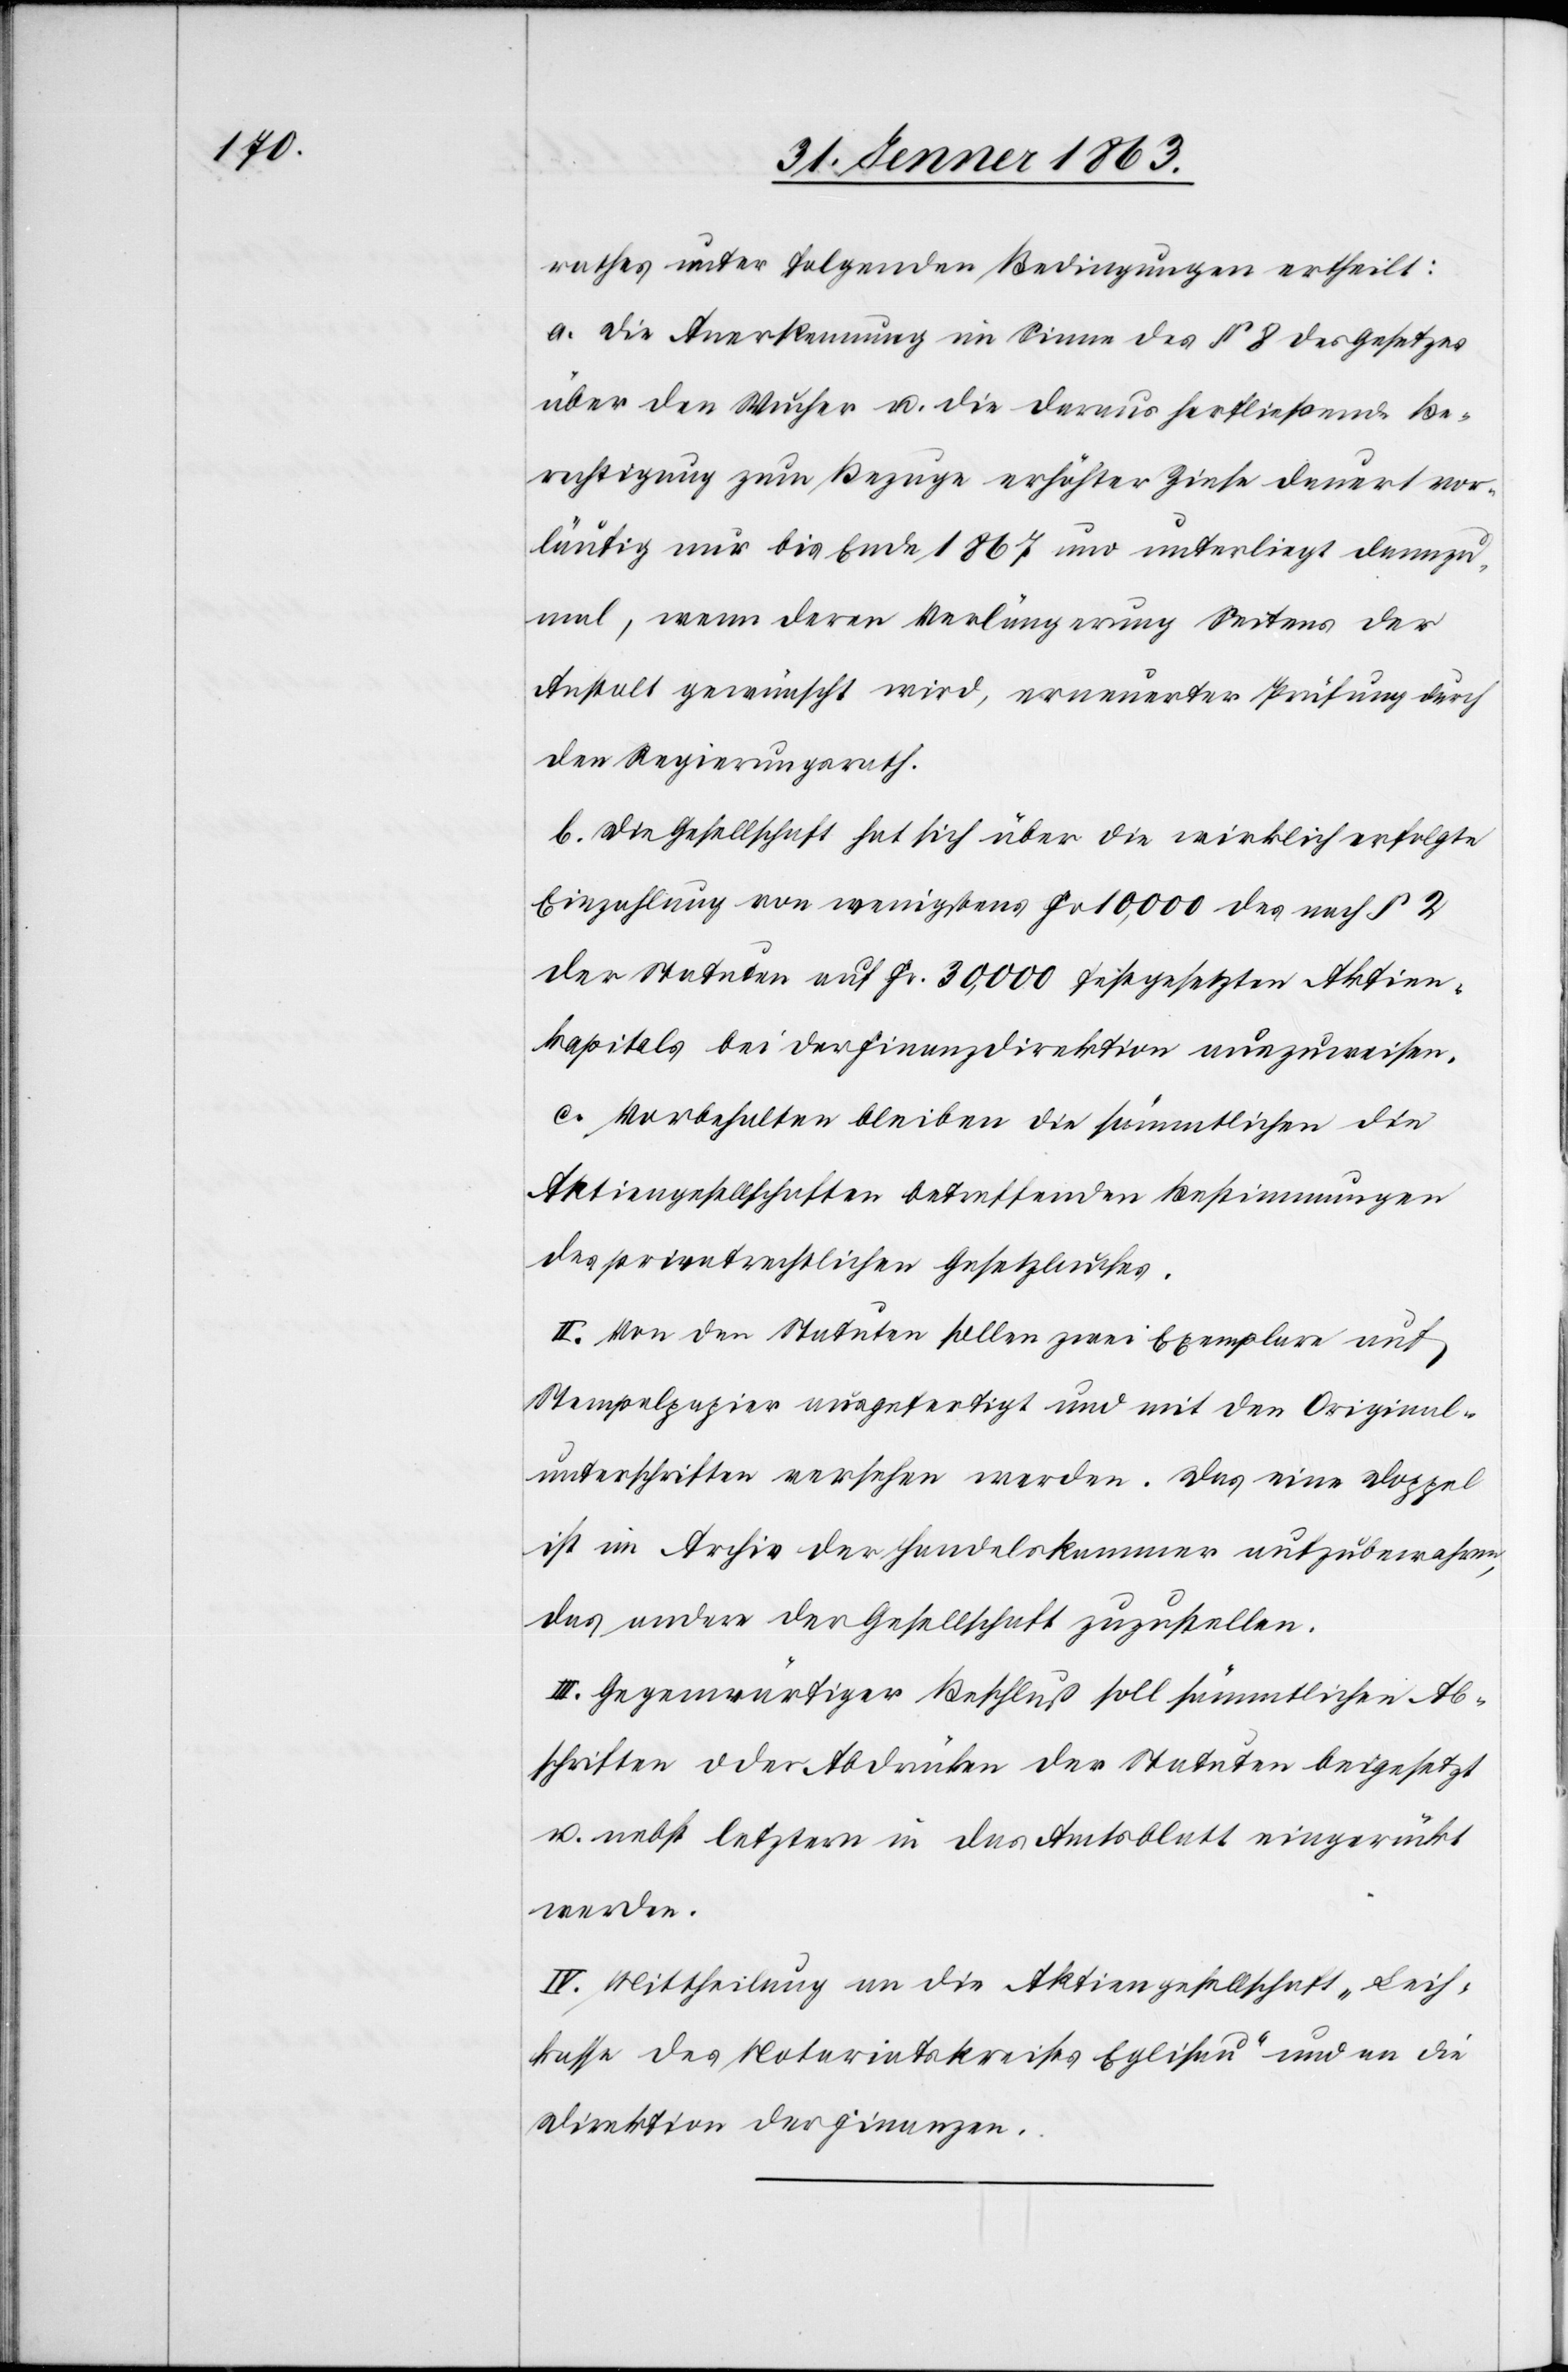
rathes unter folgenden Bedingungen ertheilt:
a. Die Anerkennung im Sinne des § 8 des Gesetzes
über den Wucher u. die daraus herfließende Be¬
rechtigung zum Bezuge erhöhter Zinse dauert vor¬
läufig nur bis Ende 1867 und unterliegt dannzu¬
mal, wenn deren Verlängerung Seitens der
Anstalt gewünscht wird, erneuerter Prüfung durch
den Regierungsrath.
b. Die Gesellschaft hat sich über die wirklich erfolgte
Einzahlung von wenigstens Fr 10,000 des nach § 2
der Statuten auf Fr. 30,000 festgesetzten Aktien¬
kapitals bei der Finanzdirektion auszuweisen.
c. Vorbehalten bleiben die sämmtlichen die
Aktiengesellschaften betreffenden Bestimmungen
des privatrechtlichen Gesetzbuches.
II. Von den Statuten sollen zwei Exemplare auf
Stempelpapier ausgefertigt und mit den Original¬
unterschriften versehen werden. Das eine Doppel
ist im Archiv der Handelskammer aufzubewahren,
das andere der Gesellschaft zuzustellen.
III. Gegenwärtiger Beschluß soll sämmtlichen Ab¬
schriften oder Abdrücken der Statuten beigesetzt
u. nebst letztern in das Amtsblatt eingerückt
werden.
IV. Mittheilung an die Aktiengesellschaft „Leih¬
kasse des Notariatskreises Eglisau“ und an die
Direktion der Finanzen.